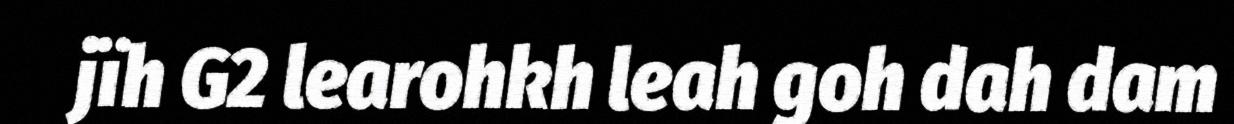
jïh G2 learohkh leah goh dah dam